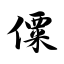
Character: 僳